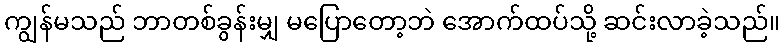
ကျွန်မသည် ဘာတစ်ခွန်းမျှ မပြောတော့ဘဲ အောက်ထပ်သို့ ဆင်းလာခဲ့သည်။